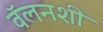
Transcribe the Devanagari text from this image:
वॅलनशी